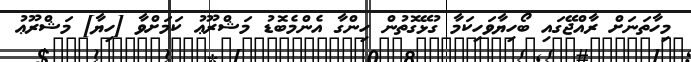
މިހާތަނަށް ރާއްޖޭގައި ބޯހިޔާވަހިކަމާ ގުޅޭގޮތުން ހިންގާ އެންމެބޮޑު މަޝްރޫޢު ކަމަށްވާ [ހިޔާ] މަޝްރޫޢު